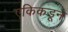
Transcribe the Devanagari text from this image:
एकिकडून